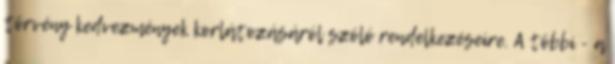
törvény kedvezmények korlátozásáról szóló rendelkezéseire. A többi - a